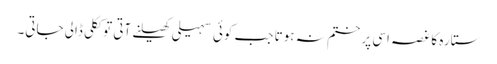
ستارہ کا غصہ اسی پر ختم نہ ہوتا جب کوئی سہیلی کھیلنے آتی تو ککلی ڈالی جاتی۔